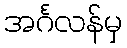
အင်္ဂလန်မှ